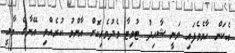
އެކަން ހާމެވެފައި ވަނީ ޝާހިދު ޓުވިޓާ މެދުވެރިކޮށް އާންމު ކުރެއްވި އޭނާގެ މާލީ